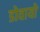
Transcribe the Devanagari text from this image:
डोवायो